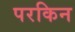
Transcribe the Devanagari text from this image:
परकिन